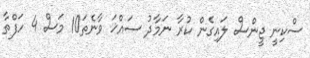
ސްކިނީ ޖީންސް ލައިގެން ކުރާ ނަމާދު ސައްޚަ ވާނެތަ10 މަސް 4 ހަފްތާ